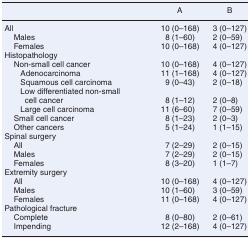
|  | A | B |
 | --- | --- | --- |
 | All | 10 (0–168) | 3 (0–127) |
 | Males | 8 (1–60) | 2 (0–59) |
 | Females | 10 (0–168) | 4 (0–127) |
 | <COLSPAN=3> Histopathology |
 | Non-small cell cancer | 10 (0–168) | 4 (0–127) |
 | Adenocarcinoma | 11 (1–168) | 4 (0–127) |
 | Squamous cell carcinoma | 9 (0–43) | 2 (0–18) |
 | Low differentiated non-small cell cancer | 8 (1–12) | 2 (0–8) |
 | Large cell carcinoma | 11 (6–60) | 7 (0–59) |
 | Small cell cancer | 8 (1–23) | 2 (0–3) |
 | Other cancers | 5 (1–24) | 1 (1–15) |
 | <COLSPAN=3> Spinal surgery |
 | All | 7 (2–29) | 2 (0–15) |
 | Males | 7 (2–29) | 2 (0–15) |
 | Females | 8 (3–20) | 1 (1–7) |
 | <COLSPAN=3> Extremity surgery |
 | All | 10 (0–168) | 4 (0–127) |
 | Males | 10 (1–60) | 3 (0–59) |
 | Females | 11 (0–168) | 4 (0–127) |
 | <COLSPAN=3> Pathological fracture |
 | Complete | 8 (0–80) | 2 (0–61) |
 | Impending | 12 (2–168) | 4 (0–127) |